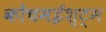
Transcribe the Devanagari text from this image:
कोंचमईश्ट्म